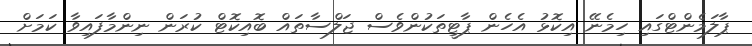
ޕާލަމެންޓްގައި ހިމެނޭ އިކޮޅު އެހެން ޕާޓީތަކުންވެސް ޖަލްސާތައް ބޮއިކޮޓް ކުރަން ނިންމާފައިވާ ކަމަށް